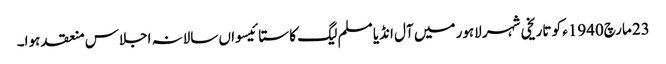
23 مارچ1940ء کو تاریخی شہر لاہور میں آل انڈیا مسلم لیگ کا ستائیسواں سالانہ اجلاس منعقد ہوا۔